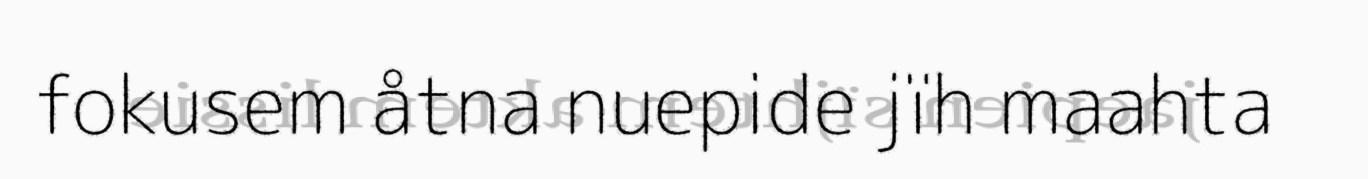
fokusem åtna nuepide jïh maahta